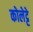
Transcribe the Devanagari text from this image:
कोलेट्टे